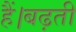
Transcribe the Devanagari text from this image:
हैं।बढ़ती